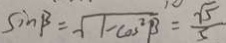
\sin \beta = \sqrt { 1 - \cos ^ { 2 } \beta } = \frac { \sqrt { 5 } } { 5 }